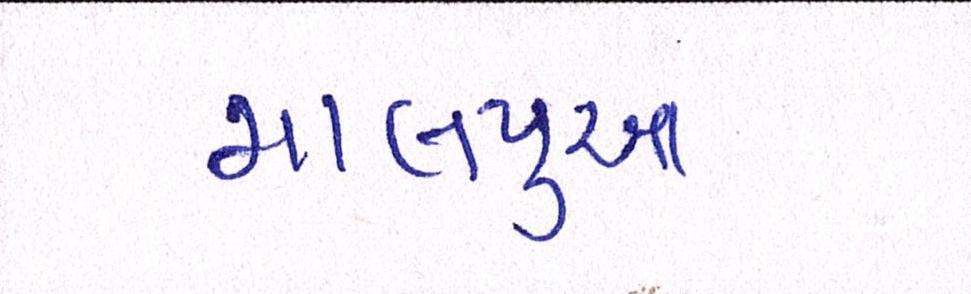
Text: માલપુઆ